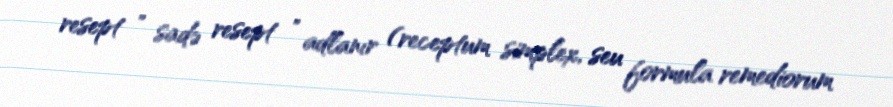
resept " sadə resept " adlanır (receptum simplex, seu formula remediorum